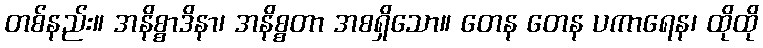
တစ်နည်း။ အနိစ္စာဒိနာ၊ အနိစ္စတာ အစရှိသော။ တေန တေန ပကာရေန၊ ထိုထို